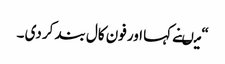
“ میںنے کہا اور فون کال بند کر دی ۔